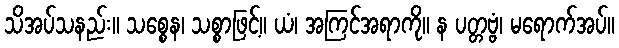
သိအပ်သနည်း။ သစ္စေန၊ သစ္စာဖြင့်။ ယံ၊ အကြင်အရာကို။ န ပတ္တဗ္ဗံ၊ မရောက်အပ်။